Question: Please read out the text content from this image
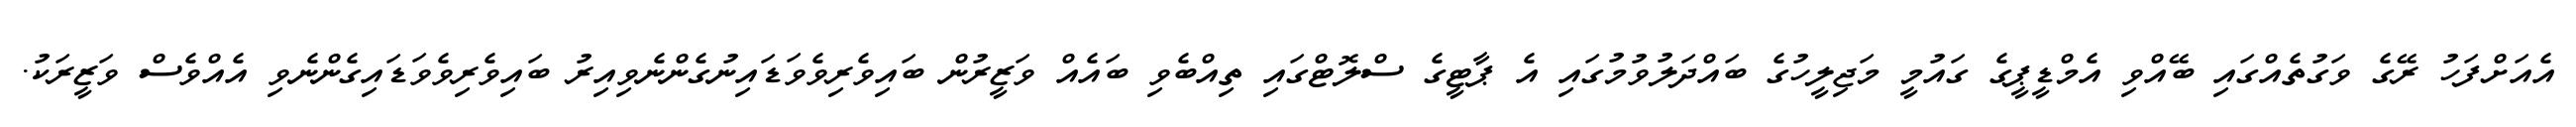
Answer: އެއަށްފަހު ރޭގެ ވަގުތެއްގައި ބޭއްވި އެމްޑީޕީގެ ގައުމީ މަޖިލީހުގެ ބައްދަލުވުމުގައި އެ ޕާޓީގެ ސްލޮޓްގައި ތިއްބެވި ބައެއް ވަޒީރުން ބައިވެރިވެވަޑައިނުގެންނެވިއިރު ބައިވެރިވެވަޑައިގެންނެވި އެއްވެސް ވަޒީރަކު.